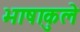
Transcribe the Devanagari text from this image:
भाषाकुले